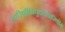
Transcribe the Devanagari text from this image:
तारिणीम्रिपुदलवारिणीम्